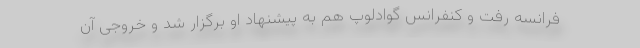
فرانسه رفت و کنفرانس گوادلوپ هم به پیشنهاد او برگزار شد و خروجی آن